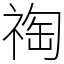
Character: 祹